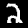
Label: 2